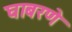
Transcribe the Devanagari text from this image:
घाबरणे